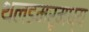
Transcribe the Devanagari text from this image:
थलडमरूमध्य